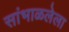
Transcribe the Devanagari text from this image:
सांभाळलेला